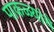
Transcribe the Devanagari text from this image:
पाकळ्यांचे